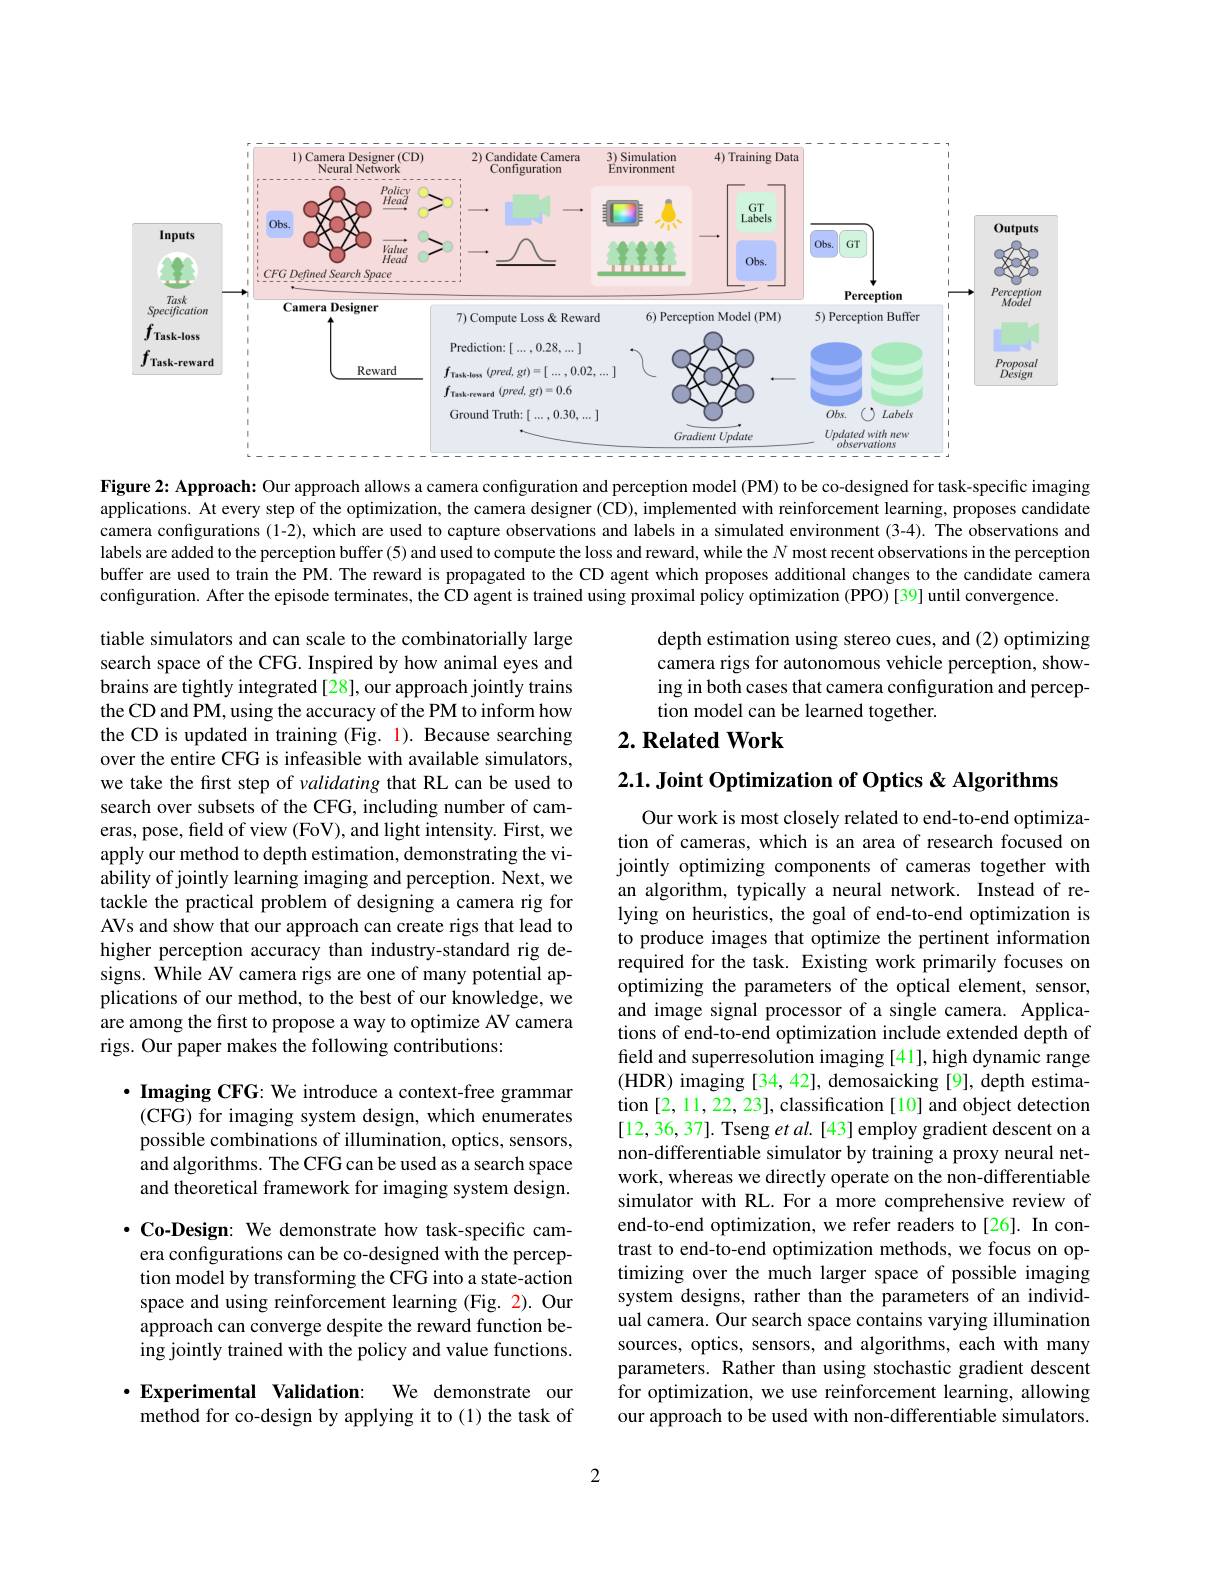
<FigureHere>

Figure 2: Approach: Our approach allows a camera configuration and perception model (PM) to be co-designed for task-specific imaging applications. At every step of the optimization, the camera designer (CD), implemented with reinforcement learning, proposes candidate camera configurations (1-2), which are used to capture observations and labels in a simulated environment (3-4). The observations and labels are added to the perception buffer(5) and used to compute the loss and reward, while the $N$ most recent observations in the perception buffer are used to train the PM. The reward is propagated to the CD agent which proposes additional changes to the candidate camera configuration. After the episode terminates, the CD agent is trained using proximal policy optimization (PPO) [39] until convergence.

depth estimation using stereo cues, and (2) optimizing camera rigs for autonomous vehicle perception, showing in both cases that camer tion model can be learned together.

## $2. \textbf{Related Work}$

2.1. Joint Optimization of Optics & Algorithms

tiable simulators and can scale to the combinatorially large search space of the CFG. Inspired by how animal eyes and brains are tightly integrated[28], our approach jointly trains the CD and PM, using the accuracy of the PM to inform how the CD is updated in training (Fig. 1). Because searching over the entire CFG is infeasible with available simulators, we take the first step of validating that RL can be used to search over subsets of the CFG, including number of cameras, pose, field of view (FoV), and light intensity. First, we apply our method to depth estimation, demonstrating the viability of jointly learning imaging and perception. Next, we tackle the practical problem of designing a camera rig for AVs and show that our approach can create rigs that lead to higher perception accuracy than industry-standard rig designs. While AV camera rigs are one of many potential applications of our method, to the best of our knowledge, we are among the first to propose a way to optimize AV camera rigs. Our paper makes the following contributions:

Our work is most closely related to end-to-end optimization of cameras, which is an area of research focused on jointly optimizing components of cameras together with an algorithm, typically a neural network. Instead of relying on heuristics, the goal of end-to-end optimization is to produce images that optimize the pertinent information required for the task. Existing work primarily focuses on optimizing the parameters of the optical element, sensor, and image signal processor of a single camera. Applications of end-to-end optimization include extended depth of field and superresolution imaging [41], high dynamic range (HDR) imaging [34, 42], demosaicking [9], depth estimation [2,11,22,23], classification [10] and object detection [12,36,37]. Tseng et al. [43] employ gradient descent on a non-differentiable simulator by training a proxy neural network, whereas we directly operate on the non-differentiable simulator with RL. For a more comprehensive review of end-to-end optimization, we refer readers to[26]. In contrast to end-to-end optimization methods, we focus on optimizing over the much larger space of possible imaging system designs, rather than the parameters of an individual camera. Our search space contains varying illumination sources, optics, sensors, and algorithms, each with many parameters. Rather than using stochastic gradient descent for optimization, we use reinforcement learning, allowing our approach to be used with non-differentiable simulators.

$\cdot$ Imaging CFG: We introduc
(CFG) for imaging system design, which enumerates possible combinations of illumination, optics, sensors, and algorithms. The CFG can be used as a search space and theoretical framework for imaging system design.

$\cdot$ Co-Design: We demonstrate how task-specific camera configurations can be co-designed with the perception model by transforming the CFG into a state-action space and using reinforcement learning (Fig. 2). Our approach can converge despite the reward function being jointly trained with the policy and value functions.

Experimental Validation: We demonstrate our method for co-design by applying it to (1) the task of

2